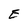
Character: E